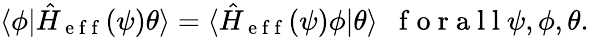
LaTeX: \langle\phi|\hat{H}_{\mathrm{~e~f~f~}}(\psi)\theta\rangle=\langle\hat{H}_{\mathrm{~e~f~f~}}(\psi)\phi|\theta\rangle\mathrm{~\ \ f~o~r~a~l~l~}\psi,\phi,\theta.